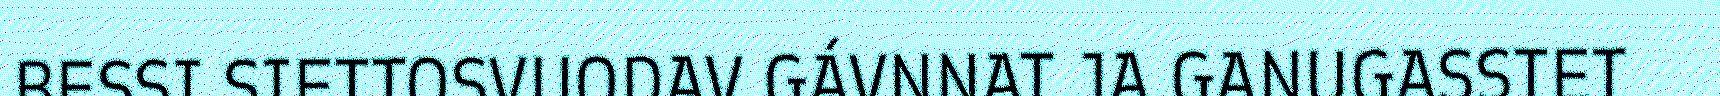
BESSI SIETTOSVUODAV GÁVNNAT JA GANUGASSTET